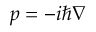
\boldsymbol { p } = - i \hbar \boldsymbol { \nabla }